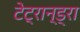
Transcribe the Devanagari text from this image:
टेट्रान्ड्रा